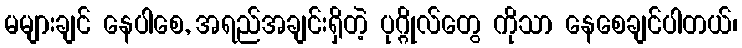
မများချင် နေပါစေ, အရည်အချင်းရှိတဲ့ ပုဂ္ဂိုလ်တွေ ကိုသာ နေစေချင်ပါတယ်၊